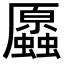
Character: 𧔞